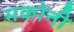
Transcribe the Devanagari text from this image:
मकोनी